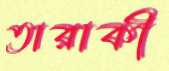
তারাকী